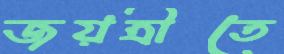
জয়ত্রীতে